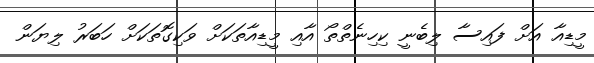
މީޑިއާ އަށް ފައިސާ ލިބެނީ ކިހިނެތްތޯ އާއި މީޑިއާތަކަށް ވަކިގޮތަކަށް ހަބަރު ލިޔަން